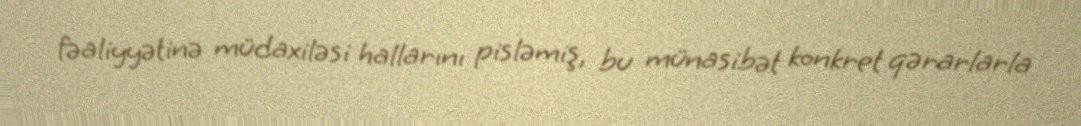
fəaliyyətinə müdaxiləsi hallarını pisləmiş, bu münasibət konkret qərarlarla